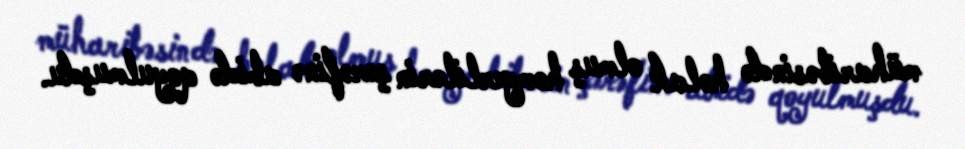
müharibəsində həlak olmuş həmyerlilərin şərəfinə abidə qoyulmuşdu.